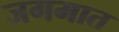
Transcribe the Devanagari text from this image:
जगमात